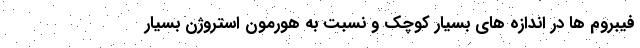
فیبروم ها در اندازه های بسیار کوچک و نسبت به هورمون استروژن بسیار